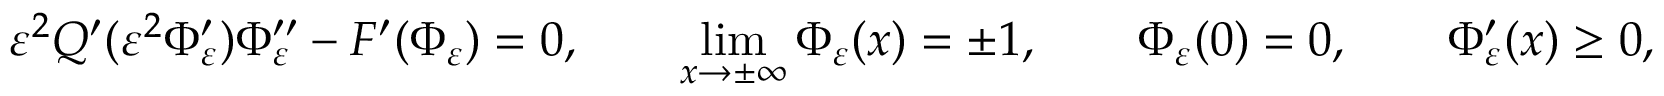
\varepsilon ^ { 2 } Q ^ { \prime } ( \varepsilon ^ { 2 } \Phi _ { \varepsilon } ^ { \prime } ) \Phi _ { \varepsilon } ^ { \prime \prime } - F ^ { \prime } ( \Phi _ { \varepsilon } ) = 0 , \qquad \operatorname* { l i m } _ { x \to \pm \infty } \Phi _ { \varepsilon } ( x ) = \pm 1 , \qquad \Phi _ { \varepsilon } ( 0 ) = 0 , \qquad \Phi _ { \varepsilon } ^ { \prime } ( x ) \geq 0 ,